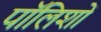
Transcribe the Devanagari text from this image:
पॉलिशों